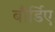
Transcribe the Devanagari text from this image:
बौर्डिए